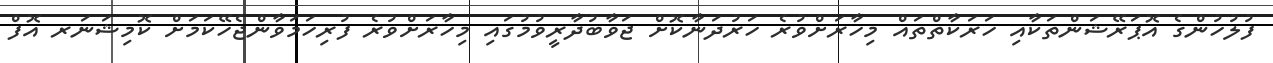
ފުލުހުންގެ އޮޕަރޭޝަންތަކާއި ހަރަކާތްތައް މިހާރަށްވުރެ ހަރުދަނާކޮށް ޖަވާބުދާރީވުމުގައި މިހާރަށްވުރެ ފުރިހަމަވާންޖެހޭކަމަށް ކޮމިޝަނަރ އޮފް